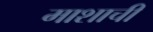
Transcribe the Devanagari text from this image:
माशाची